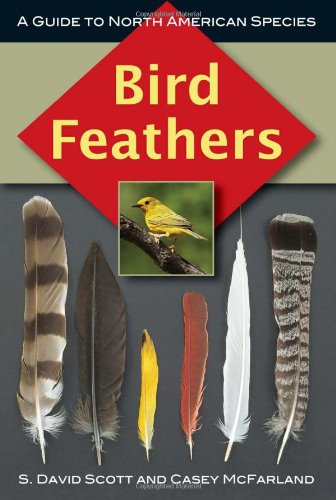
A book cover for Bird Feathers: A Guide to North American Species; S. David Scott; Science & Math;